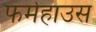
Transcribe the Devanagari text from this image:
फर्महाउस